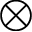
\otimes